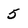
Character: 5